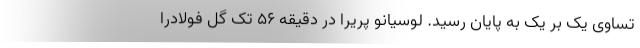
تساوی یک بر یک به پایان رسید. لوسیانو پریرا در دقیقه ۵۶ تک گل فولادرا